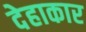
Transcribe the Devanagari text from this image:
देहाकार